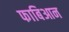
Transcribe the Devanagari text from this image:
फाबिआन